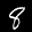
Label: 8